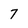
Character: 7